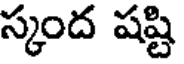
స్కంద షష్టి